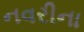
નવરીના